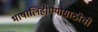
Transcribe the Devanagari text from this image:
भाषालिहीण्यासाठीची